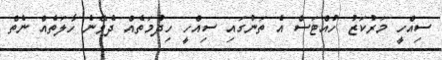
ސިއްހީ މަރުކަޒު ހުއްޓަސް އެ ތަނުގައި ސިއްހީ ހިދުމަތެއް ދެވޭނެ ހާލަތެއް ނެތް